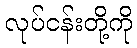
လုပ်ငန်းတို့ကို